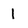
Character: I